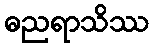
ဓညရာသိဿ